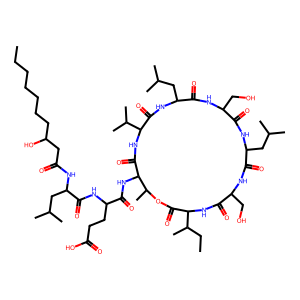
SMILES: CCCCCCCC(O)CC(=O)NC(CC(C)C)C(=O)NC(CCC(=O)O)C(=O)NC1C(=O)NC(C(C)C)C(=O)NC(CC(C)C)C(=O)NC(CO)C(=O)NC(CC(C)C)C(=O)NC(CO)C(=O)NC(C(C)CC)C(=O)OC1C
Inhibits HIV replication: Yes